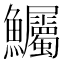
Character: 𫚇